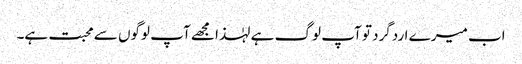
اب میرے اردگرد تو آپ لوگ ہے لہٰذا مجھے آپ لوگوں سے محبت ہے۔